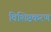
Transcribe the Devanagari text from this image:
विशिष्टकरण